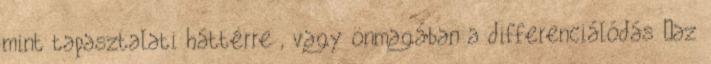
mint tapasztalati háttérre , vagy önmagában a differenciálódás „az